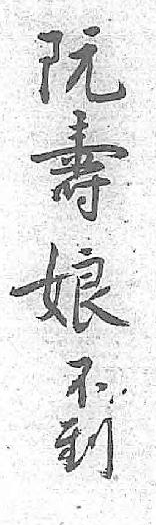
阮不壽到娘